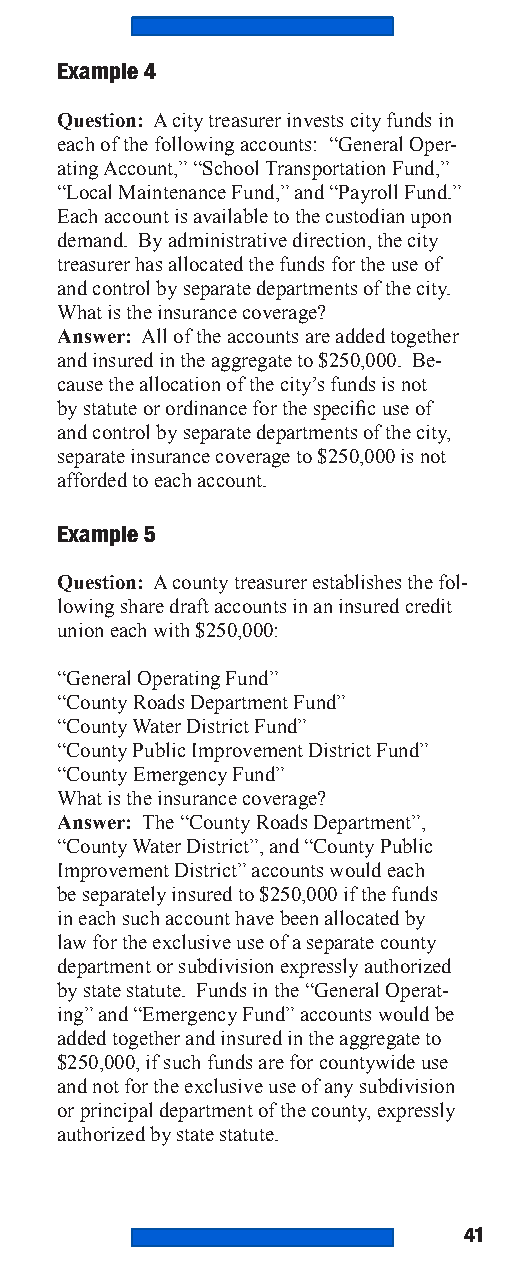
Example 4
 Question: A city treasurer invests city funds in
 each of the following accounts: “General Oper-
 ating Account,” “School Transportation Fund,”
 “Local Maintenance Fund,” and “Payroll Fund.”
 Each account is available to the custodian upon
 demand. By administrative direction, the city
 treasurer has allocated the funds for the use of
 and control by separate departments of the city.
 What is the insurance coverage?
 Answer: All of the accounts are added together
 and insured in the aggregate to $250,000. Be-
 cause the allocation of the city’s funds is not
 by statute or ordinance for the specific use of
 and control by separate departments of the city,
 separate insurance coverage to $250,000 is not
 afforded to each account.
 Example 5
 Question: A county treasurer establishes the fol-
 lowing share draft accounts in an insured credit
 union each with $250,000:
 “General Operating Fund”
 “County Roads Department Fund”
 “County Water District Fund”
 “County Public Improvement District Fund”
 “County Emergency Fund”
 What is the insurance coverage?
 Answer: The “County Roads Department”,
 “County Water District”, and “County Public
 Improvement District” accounts would each
 be separately insured to $250,000 if the funds
 in each such account have been allocated by
 law for the exclusive use of a separate county
 department or subdivision expressly authorized
 by state statute. Funds in the “General Operat-
 ing” and “Emergency Fund” accounts would be
 added together and insured in the aggregate to
 $250,000, if such funds are for countywide use
 and not for the exclusive use of any subdivision
 or principal department of the county, expressly
 authorized by state statute.
 41